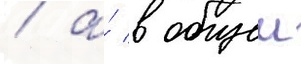
/ а́ в общеи